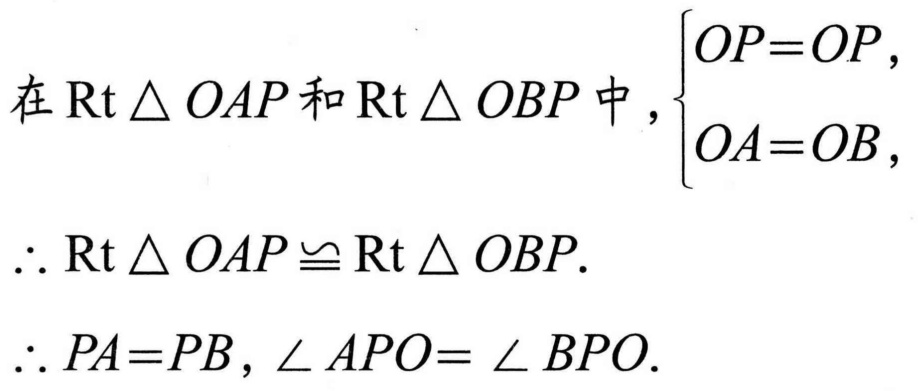
在\(\text{Rt}\triangle OAP\)和\(\text{Rt}\triangle OBP\)中，\(\begin{cases}OP = OP,\\OA = OB,\end{cases}\)
\(\therefore\text{Rt}\triangle OAP\cong\text{Rt}\triangle OBP.\)
\(\therefore PA = PB\), \(\angle APO=\angle BPO\).